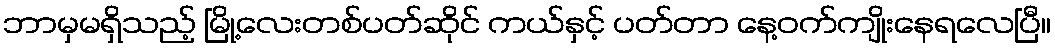
ဘာမှမရှိသည့် မြို့လေးတစ်ပတ်ဆိုင် ကယ်နှင့် ပတ်တာ နေ့ဝက်ကျိုးနေရလေပြီ။